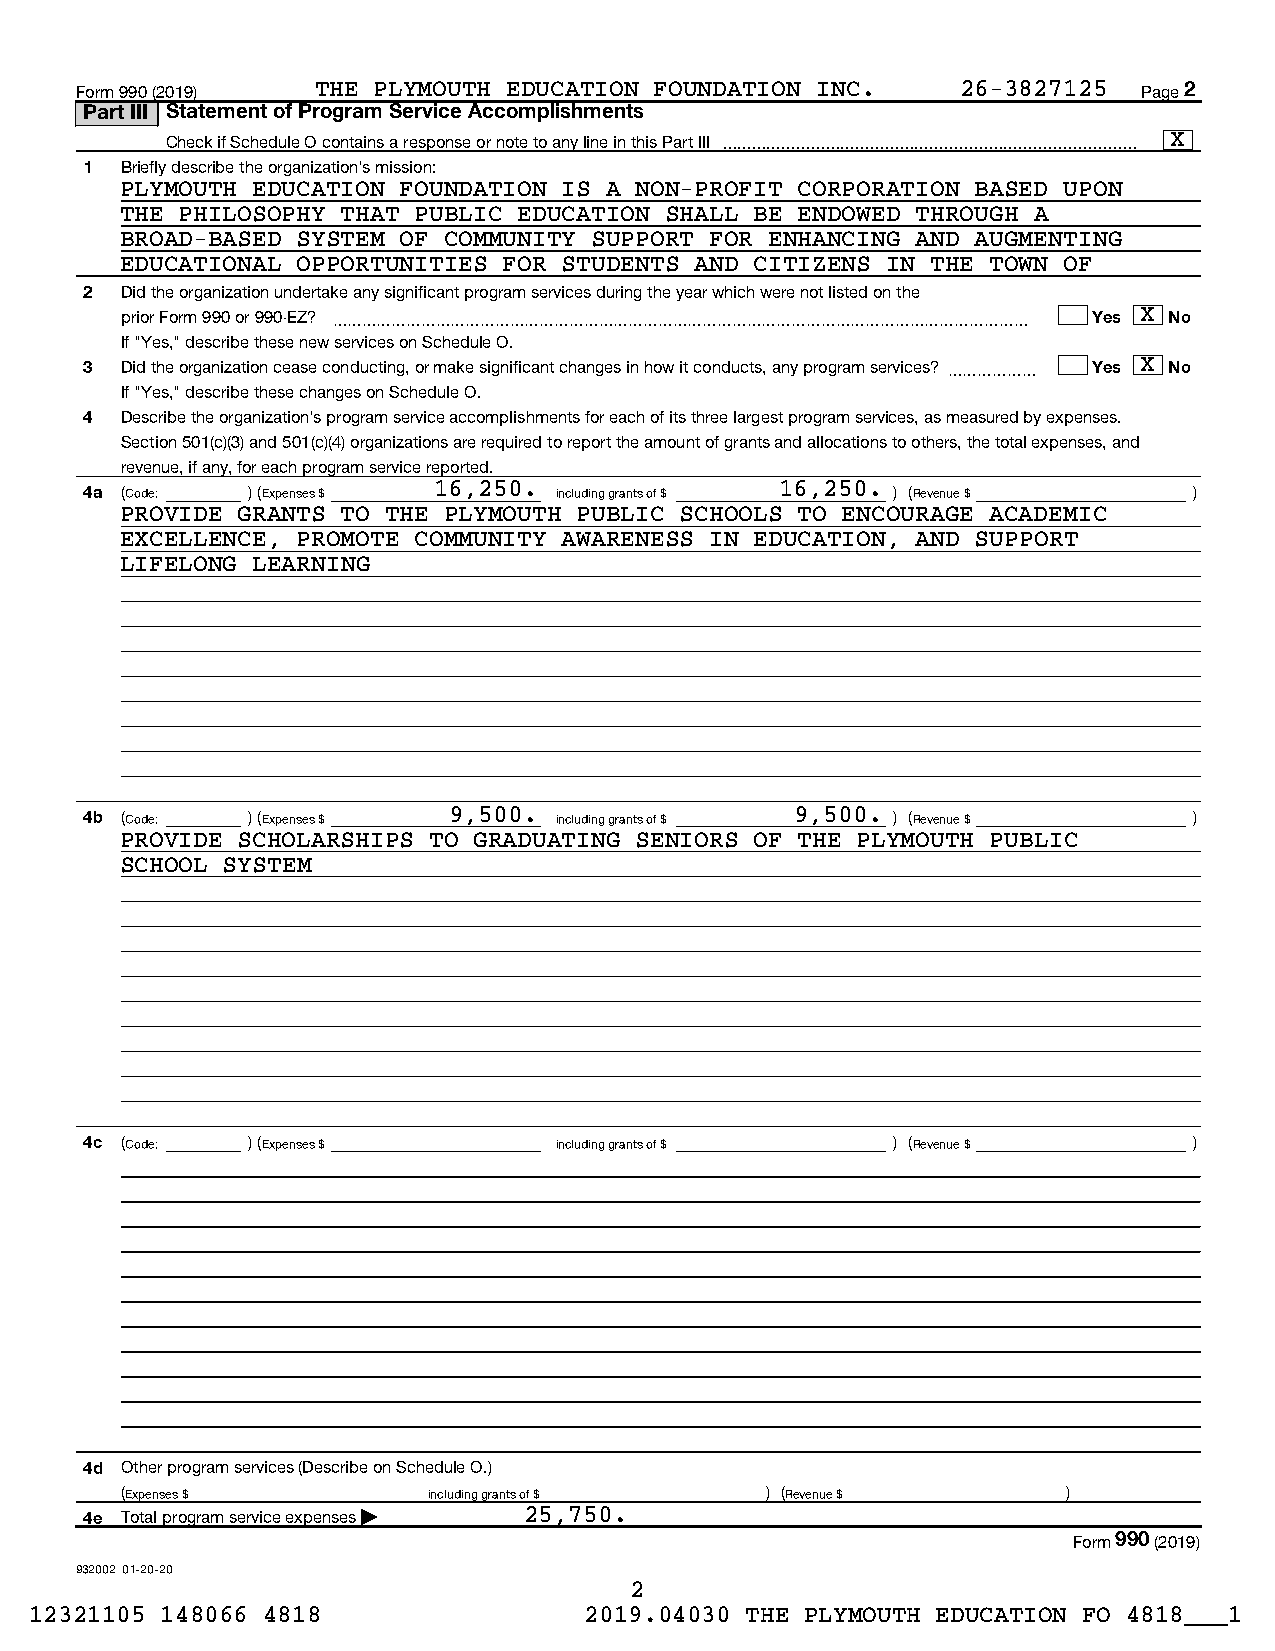
Form 990 (2019) THE PLYMOUTH EDUCATION FOUNDATION INC.     26-3827125  Page 2
 Part III Statement of Program Service Accomplishments
 Check if Schedule O contains a response or note to any line in this Part III  X
 1 Briefly describe the organization's mission:
 PLYMOUTH EDUCATION FOUNDATION IS A NON-PROFIT CORPORATION BASED UPON
 THE PHILOSOPHY THAT PUBLIC EDUCATION SHALL BE ENDOWED THROUGH A
 BROAD-BASED SYSTEM OF COMMUNITY SUPPORT FOR ENHANCING AND AUGMENTING
 EDUCATIONAL OPPORTUNITIES FOR STUDENTS AND CITIZENS IN THE TOWN OF
 2 Did the organization undertake any significant program services during the year which were not listed on the
 prior Form 990 or 990-EZ? ~~~~~~~~~~~~~~~~~~~~~~~~~~~~~~~~~~~~~~~~~~~~~~~ Yes X No
 If "Yes," describe these new services on Schedule O.
 3 Did the organization cease conducting, or make significant changes in how it conducts, any program services? ~~~~~~ Yes X No
 If "Yes," describe these changes on Schedule O.
 4 Describe the organization's program service accomplishments for each of its three largest program services, as measured by expenses.
 Section 501(c)(3) and 501(c)(4) organizations are required to report the amount of grants and allocations to others, the total expenses, and
 revenue, if any, for each program service reported.
 4a (Code: ) (Expenses $ 16,250. including grants of $ 16,250. ) (Revenue $ )
 PROVIDE GRANTS TO THE PLYMOUTH PUBLIC SCHOOLS TO ENCOURAGE ACADEMIC
 EXCELLENCE, PROMOTE COMMUNITY AWARENESS IN EDUCATION, AND SUPPORT
 LIFELONG LEARNING
 4b (Code: ) (Expenses $ 9,500. including grants of $ 9,500. ) (Revenue $ )
 PROVIDE SCHOLARSHIPS TO GRADUATING SENIORS OF THE PLYMOUTH PUBLIC
 SCHOOL SYSTEM
 4c (Code: ) (Expenses $        including grants of $ ) (Revenue $        )
 4d Other program services (Describe on Schedule O.)
 (Expenses $         including grants of $  ) (Revenue $        )
 4e Total program service expenses | 25,750.
 Form 990 (2019)
 932002 01-20-20
 2
 12321105 148066 4818                 2019.04030 THE PLYMOUTH EDUCATION FO 4818___1